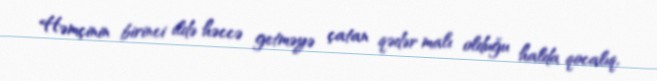
Həmçinin birinci ildə həccə getməyə çatan qədər malı olduğu halda qocalıq,